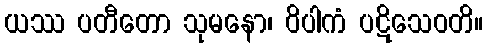
ယဿ ပတီတော သုမနော၊ ဝိပါကံ ပဋိသေဝတိ။